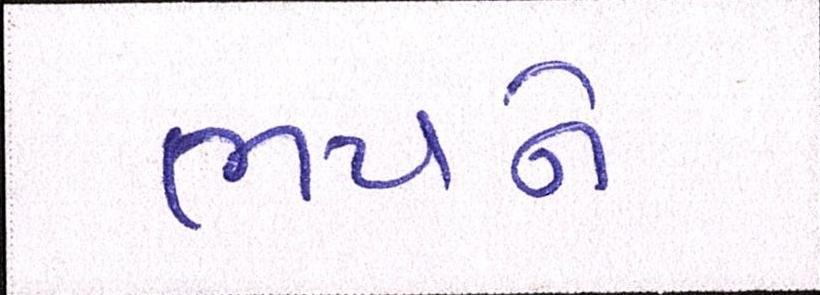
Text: ભયને